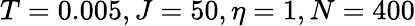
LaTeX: T=0.005,J=50,\eta=1,N=400